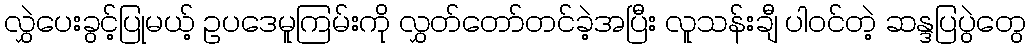
လွှဲပေးခွင့်ပြုမယ့် ဥပဒေမူကြမ်းကို လွှတ်တော်တင်ခဲ့အပြီး လူသန်းချီ ပါဝင်တဲ့ ဆန္ဒပြပွဲတွေ